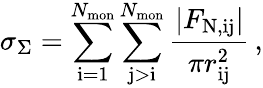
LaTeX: \sigma_{\Sigma}=\sum_{\mathrm{i=1}}^{N_{\mathrm{mon}}}\sum_{\mathrm{j>i}}^{N_{\mathrm{mon}}}{\frac{\left|F_{\mathrm{N,ij}}\right|}{\pi r_{\mathrm{ij}}^{2}}}\, ,